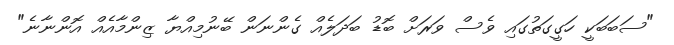
"ސަބަބަކީ ހަގީގަތުގައި ވެސް ވަރަށް ބޮޑު ބަދަލެއް ގެންނަން ބޭނުމިއްޔާ ޒިންމާއެއް އޮންނާނެ"